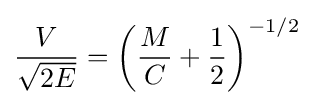
{\frac {V}{\sqrt {2E}}}=\left({\frac {M}{C}}+{\frac {1}{2}}\right)^{-1/2}